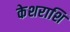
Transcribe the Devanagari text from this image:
केशराशि